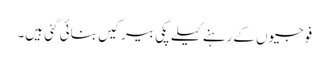
فوجیوں کےرہنے کیلے پکی بیرکیں بنائی گئی ہیں۔